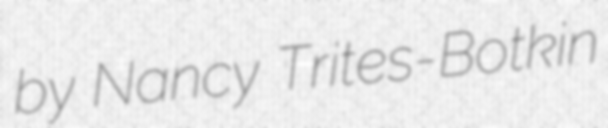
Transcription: by Nancy Trites-Botkin